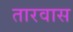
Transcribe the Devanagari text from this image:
तारवास